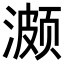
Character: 𬈱